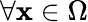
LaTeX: \forall\mathbf{x}\in\Omega